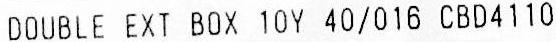
DOUBLE EXT BOX 10Y 40/016 CBD4110